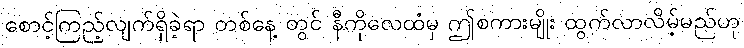
စောင့်ကြည့်လျက်ရှိခဲ့ရာ တစ်နေ့ တွင် နီကိုလေထံမှ ဤစကားမျိုး ထွက်လာလိမ့်မည်ဟု